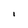
Character: I